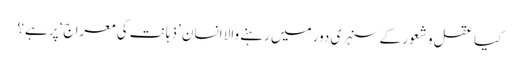
کیا عقل و شعور کے سنہری دور میں رہنے والا انسان ’ذہانت کی معراج‘ پر ہے؟